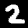
Digit: 2